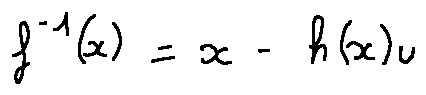
f ^ { - 1 } ( x ) = x - h ( x ) u